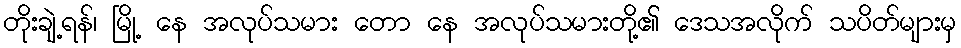
တိုးချဲ့ရန်၊ မြို့ နေ အလုပ်သမား တော နေ အလုပ်သမားတို့၏ ဒေသအလိုက် သပိတ်များမှ